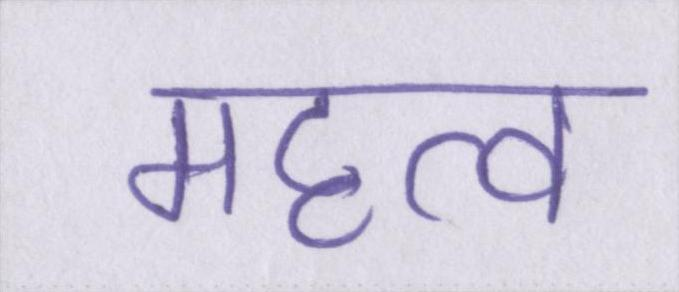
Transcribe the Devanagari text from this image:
महत्व